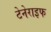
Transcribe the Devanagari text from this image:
टेनेराइफ